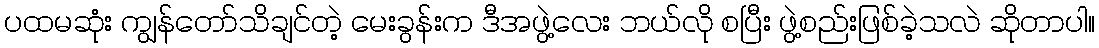
ပထမဆုံး ကျွန်တော်သိချင်တဲ့ မေးခွန်းက ဒီအဖွဲ့လေး ဘယ်လို စပြီး ဖွဲ့စည်းဖြစ်ခဲ့သလဲ ဆိုတာပါ။